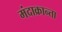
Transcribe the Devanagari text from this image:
मंदाक्रान्ता